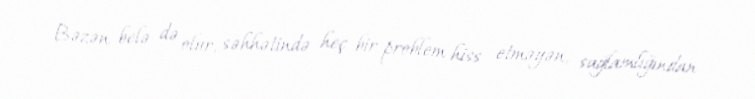
Bəzən belə də olur, səhhətində heç bir problem hiss etməyən, sağlamlığından